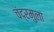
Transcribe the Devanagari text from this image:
चंद्रमुला